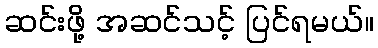
ဆင်းဖို့ အဆင်သင့် ပြင်ရမယ်။